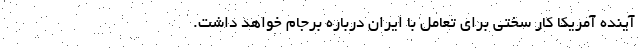
آینده آمریکا کار سختی برای تعامل با ایران درباره برجام خواهد داشت.